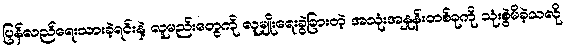
ပြန်လည်ရေးသားခဲ့ရင်းနဲ့ လူမည်းတွေကို လူမျိုးရေးခွဲခြားတဲ့ အသုံးအနှုန်းတစ်ခုကို သုံးစွဲမိခဲ့သလို